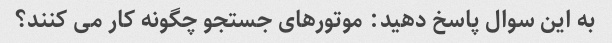
به این سوال پاسخ دهید: موتورهای جستجو چگونه کار می کنند؟